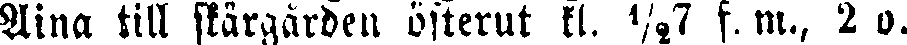
Aina till skärgården österut kl. ½7 f. m., 2 o.